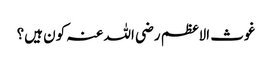
غوث الاعظم رضی اللہ عنہ کون ہیں؟